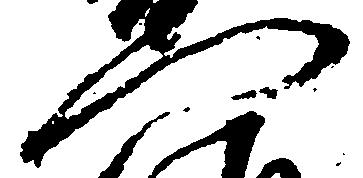
門